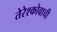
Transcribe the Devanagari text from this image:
तेरेश्कोवाची